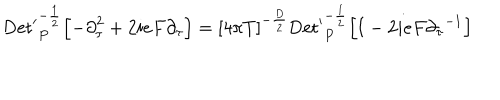
LaTeX: \mathrm { D e t ^ { \prime } } _ { P } ^ { - { \frac { 1 } { 2 } } } \Bigl [ - { \partial } _ { \tau } ^ { 2 } + 2 i e F { \partial } _ { \tau } \Bigr ] = { \lbrack 4 \pi T \rbrack } ^ { - { \frac { D } { 2 } } } \mathrm { D e t ^ { \prime } } _ { P } ^ { - { \frac { 1 } { 2 } } } \Bigl [ { \bf I } - 2 i e F { { \partial } _ { \tau } } ^ { - 1 } \Bigr ] \quad